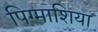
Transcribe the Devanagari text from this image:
पिग्माशिया